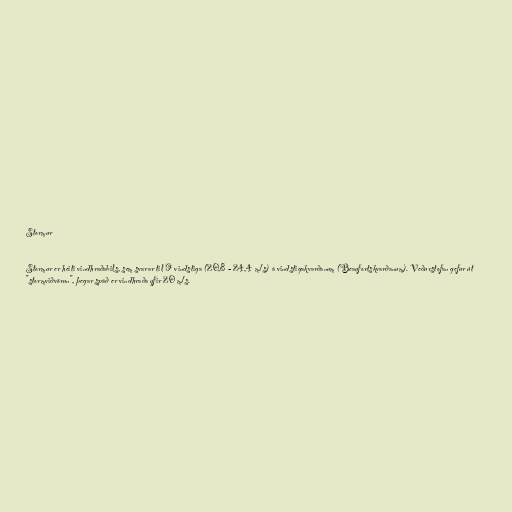
Stormur

Stormur er heiti vindhraðabils, sem svarar til 9 vindstiga (20,8 - 24,4 m/s) á vindstigakvarðanum (Beaufortskvarðanum). Veðurstofan gefur út
"stormviðvörun", þegar spáð er vindhraða yfir 20 m/s.